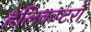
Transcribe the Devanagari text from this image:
हेलिकप्टरों